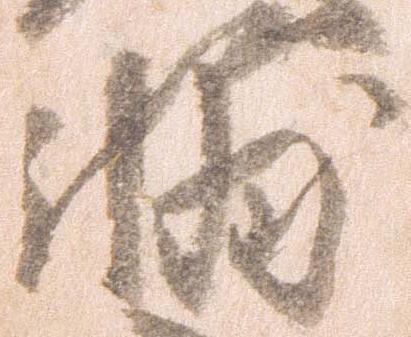
輔